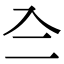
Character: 𠓞